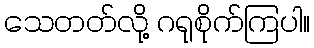
သေတတ်လို့ ဂရုစိုက်ကြပါ။